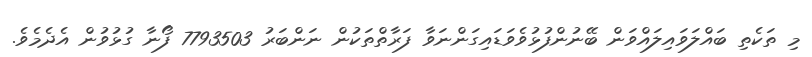
މި ތަކެތި ބައްލަވައިލައްވަން ބޭނުންފުޅުވެވަަޑައިގަންނަވާ ފަރާތްތަކުން ނަންބަރު 7793503 ފޯނާ ގުޅުވުން އެދެމެވެ.